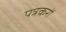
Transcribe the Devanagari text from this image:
पत्रकरों